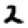
Digit: 2